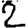
Digit: 2